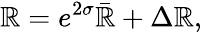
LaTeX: \mathbb{R}=e^{2\sigma}\bar{{\mathbb{R}}}+\Delta\mathbb{R},